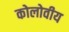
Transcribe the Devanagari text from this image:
कोलोवीय